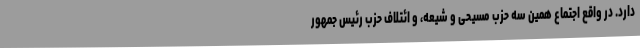
دارد. در واقع اجتماع همین سه حزب مسیحی و شیعه، و ائتلاف حزب رئیس جمهور